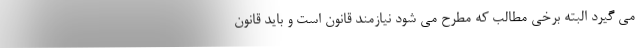
می گیرد البته برخی مطالب که مطرح می شود نیازمند قانون است و باید قانون